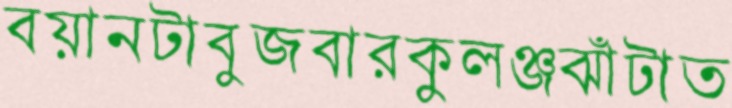
বয়ানটাবুজবারকুলঞ্জঝাঁটাত